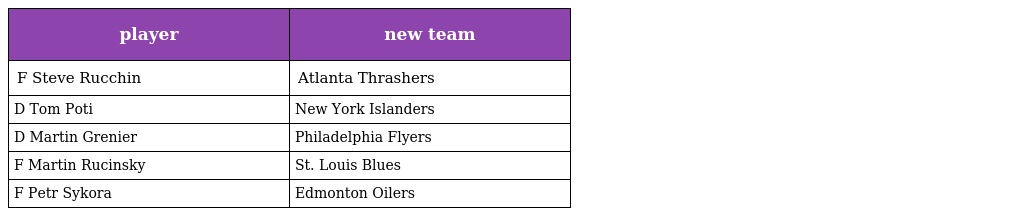
| player | new team |
 | --- | --- |
 | F Steve Rucchin | Atlanta Thrashers |
 | D Tom Poti | New York Islanders |
 | D Martin Grenier | Philadelphia Flyers |
 | F Martin Rucinsky | St. Louis Blues |
 | F Petr Sykora | Edmonton Oilers |